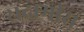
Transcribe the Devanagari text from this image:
सदामीरा